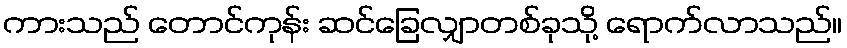
ကားသည် တောင်ကုန်း ဆင်ခြေလျှာတစ်ခုသို့ ရောက်လာသည်။